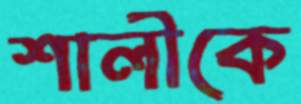
শালীকে